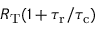
R _ { \mathrm { T } } ( 1 + { \tau _ { \mathrm { r } } } / { \tau _ { \mathrm { c } } } )